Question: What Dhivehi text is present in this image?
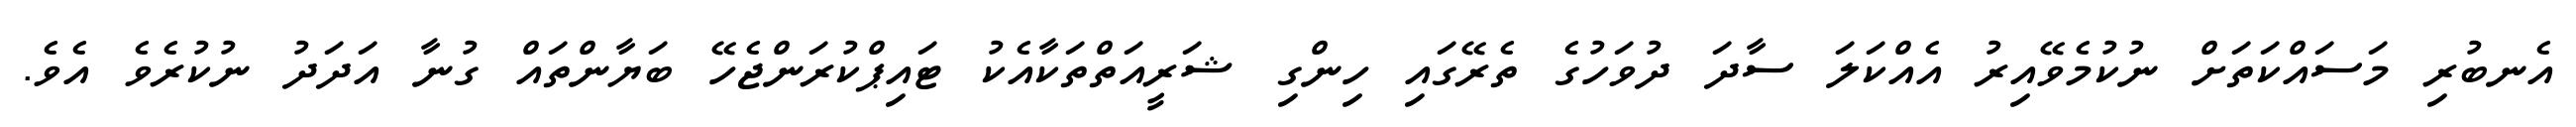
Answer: އެނބުރި މަސައްކަތަށް ނުކުމެވޭއިރު އެއްކަލަ ސާދަ ދުވަހުގެ ތެރޭގައި ހިންގި ޝަރީއަތްތަކާއެކު ޓައިޕްކުރަންޖެހޭ ބަޔާންތައް ގުނާ އަދަދު ނުކުރެވެ އެވެ.